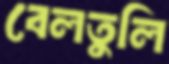
বেলতুলি